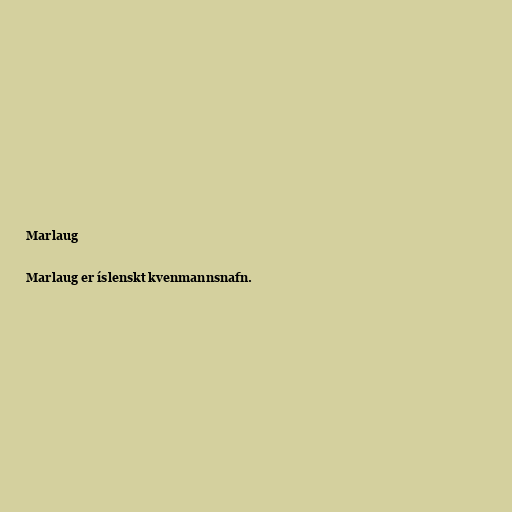
Marlaug

Marlaug er íslenskt kvenmannsnafn.